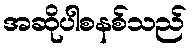
အဆိုပါစနစ်သည်